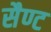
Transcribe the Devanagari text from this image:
सैण्ट